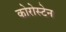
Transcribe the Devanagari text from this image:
कोरोस्टेन